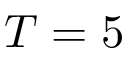
T = 5